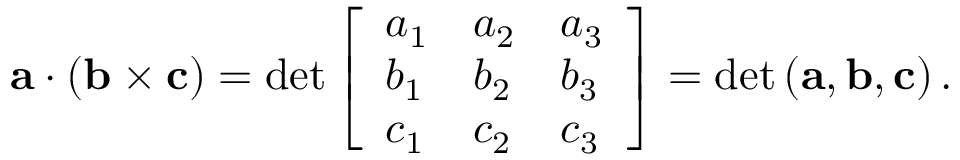
\mathbf { a } \cdot ( \mathbf { b } \times \mathbf { c } ) = \operatorname* { d e t } { \left[ \begin{array} { l l l } { a _ { 1 } } & { a _ { 2 } } & { a _ { 3 } } \\ { b _ { 1 } } & { b _ { 2 } } & { b _ { 3 } } \\ { c _ { 1 } } & { c _ { 2 } } & { c _ { 3 } } \end{array} \right] } = \mathrm { { d e t } } \left( \mathbf { a } , \mathbf { b } , \mathbf { c } \right) .